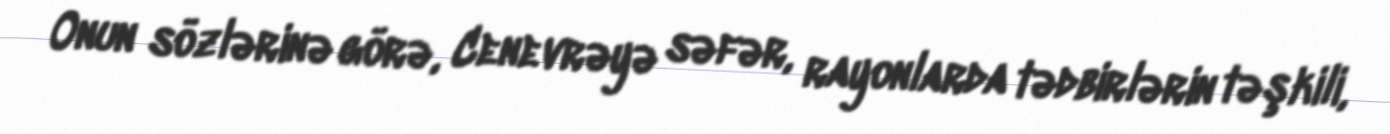
Onun sözlərinə görə, Cenevrəyə səfər, rayonlarda tədbirlərin təşkili,